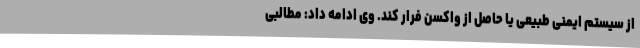
از سیستم ایمنی طبیعی یا حاصل از واکسن فرار کند. وی ادامه داد: مطالبی